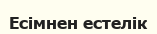
Есімнен естелік